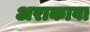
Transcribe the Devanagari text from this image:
अराकावा